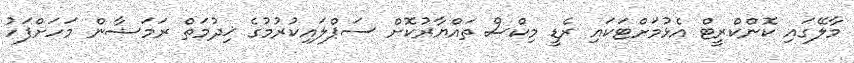
މާލޭގައި ކޮންކްރީޓް އެޅުމަށްޓަކައި ރެޑީ މިކްސް ތައްޔާރުކޮށް ސަޕްލައިކުރުމުގެ ޚިދުމަތް ރަމަޟާން މަހަށްފަހު